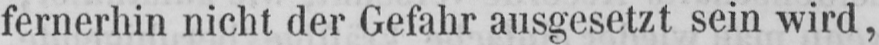
fernerhin nicht der Gefahr ausgesetzt sein wird,